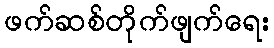
ဖက်ဆစ်တိုက်ဖျက်ရေး